Report on vaccination in Madras 1895-1903 - 1895-1903
Year: 1895
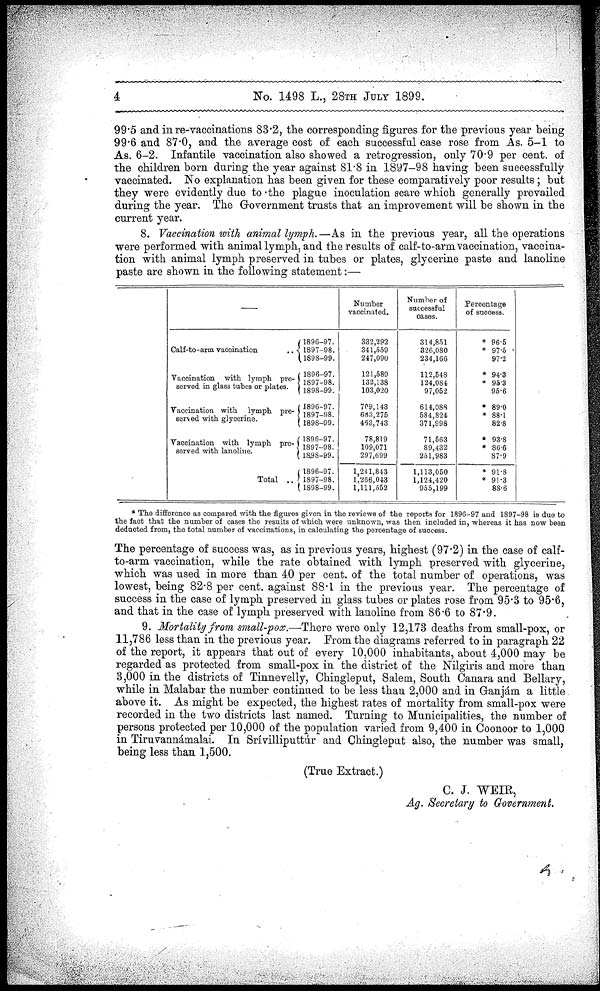
4
No. 1498 L., 28TH JULY 1899.
99.5 and in re-vaccinations 83.2, the corresponding figures for the previous year being
99.6 and 87.0, and the average cost of each successful case rose from As. 5-1 to
As. 6-2. Infantile vaccination also showed a retrogression, only 70.9 per cent. of
the children born during the year against 81.8 in 1897-98 having been successfully
vaccinated. No explanation has been given for these comparatively poor results; but
they were evidently due to the plague inoculation scare which generally prevailed
during the year. The Government trusts that an improvement will be shown in the
current year.
8. Vaccination with animal lymph. —As in the previous year, all the operations
were performed with animal lymph, and the results of calf-to-arm vaccination, vaccina-
tion with animal lymph preserved in tubes or plates, glycerine paste and lanoline
paste are shown in the following statement:—
—
Calf-to-arm vaccination
..
Vaccination with lymph pre-
served in glass tubes or plates.
Vaccination with lymph pre-
served with glycerine.
Vaccination with lymph pre-
served with lanoline.
Total ..
1896-97.
1897-98.
1898-99.
1896-97.
1897-98.
1898-99.
1896-97.
1897-98.
1898-99.
1896-97.
1897-98.
1858-99.
1896-97.
1897-98.
1898-99.
Number
vaccinated.
332,292
341,559
247,090
121,589
132,138
103,020
709,143
683,275
463,743
78,819
109,071
297,699
1,241,843
1,266,043
1,111,552
Number of
successful
cases.
314,851
326,080
234,166
112,548
124,084
97,052
614,088
584,824
371,998
71,563
89,432
251,983
1,113,050
1,124,420
955,199
Percentage
of success.
* 96.5
* 97.5
97.2
* 94.3
* 95.3
95.6
* 89.0
* 88.1
82.8
* 93.8
* 86.6
87.9
* 91.8
* 91.3
88.6
* The difference as compared with the figures given in the reviews of the reports for 1896-97 and 1897-98 is due to
the fact that the number of cases the results of which were unknown, was then included in, whereas it has now been
deducted from, the total number of vaccinations, in calculating the percentage of success.
The percentage of success was, as in previous years, highest (97.2) in the case of calf-
to-arm vaccination, while the rate obtained with lymph preserved with glycerine,
which was used in more than 40 per cent. of the total number of operations, was
lowest, being 82.8 per cent. against 88.1 in the previous year. The percentage of
success in the case of lymph preserved in glass tubes or plates rose from 95.3 to 95.6,
and that in the case of lymph preserved with lanoline from 86.6 to 87.9.
9. Mortality from small-pox.—There were only 12,173 deaths from small-pox, or
11,786 less than in the previous year. From the diagrams referred to in paragraph 22
of the report, it appears that out of every 10,000 inhabitants, about 4,000 may be
regarded as protected from small-pox in the district of the Nilgiris and more than
3,000 in the districts of Tinnevelly, Chingleput, Salem, South Canara and Bellary,
while in Malabar the number continued to be less than 2,000 and in Ganjám a little
above it. As might be expected, the highest rates of mortality from small-pox were
recorded in the two districts last named. Turning to Municipalities, the number of
persons protected per 10,000 of the population varied from 9,400 in Coonoor to 1,000
in Tiruvannámalai. In Srívilliputtúr and Chingleput also, the number was small,
being less than 1,500.
(True Extract.)
C. J. WEIR,
Ag. Secretary to Government.